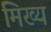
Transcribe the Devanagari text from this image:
मिख्य